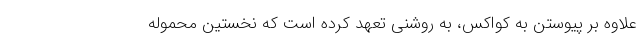
علاوه بر پیوستن به کواکس، به روشنی تعهد کرده است که نخستین محموله